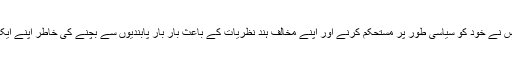
یچوری مزید لکھتے ہیں کہ آر ایس ایس نے خود کو سیاسی طور پر مستحکم کرنے اور اپنے مخالف ہند نظریات کے باعث بار بار پابندیوں سے بچنے کی خاطر اپنے ایک سیاسی بازد کی تلاش شروع کردی۔